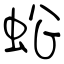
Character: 蚣